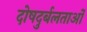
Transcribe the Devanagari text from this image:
दोषदुर्बलताओं